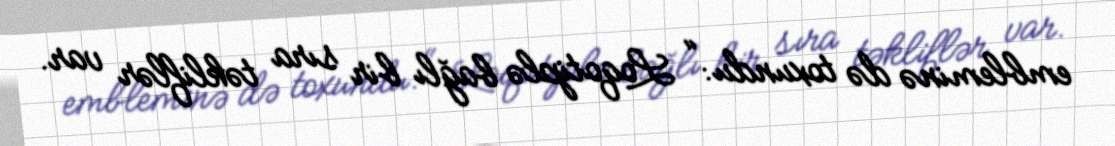
embleminə də toxundu: “ Loqotiplə bağlı bir sıra təkliflər var.